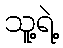
သူ့ရဲ့